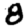
Digit: 8